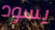
يسود